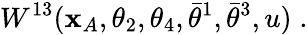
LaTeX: W^{13}(\mathbf{x}_{A},\theta_{2},\theta_{4},\bar{{\theta}}^{1},\bar{{\theta}}^{3},u)\; .